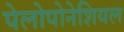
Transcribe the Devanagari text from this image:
पेलोपोनेशियल